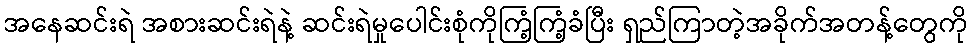
အနေဆင်းရဲ အစားဆင်းရဲနဲ့ ဆင်းရဲမှုပေါင်းစုံကိုကြံ့ကြံ့ခံပြီး ရှည်ကြာတဲ့အခိုက်အတန့်တွေကို